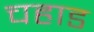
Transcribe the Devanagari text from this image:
चहाड